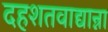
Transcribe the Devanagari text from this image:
दहशतवाद्यान्ना